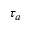
\tau _ { a }